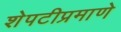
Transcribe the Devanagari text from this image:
शेपटीप्रमाणे